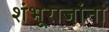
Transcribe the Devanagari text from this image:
शंभूराजांना